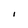
Character: I